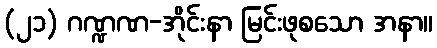
(၂၁) ဂဏ္ဍဏ-အိုင်းနာ မြင်းဖုစသော အနာ။